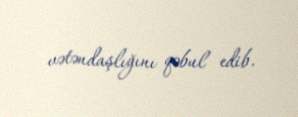
vətəndaşlığını qəbul edib.